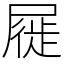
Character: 屣